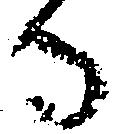
ひ